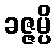
ခဇ္ဇမ္ပိ